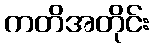
ကတိအတိုင်း